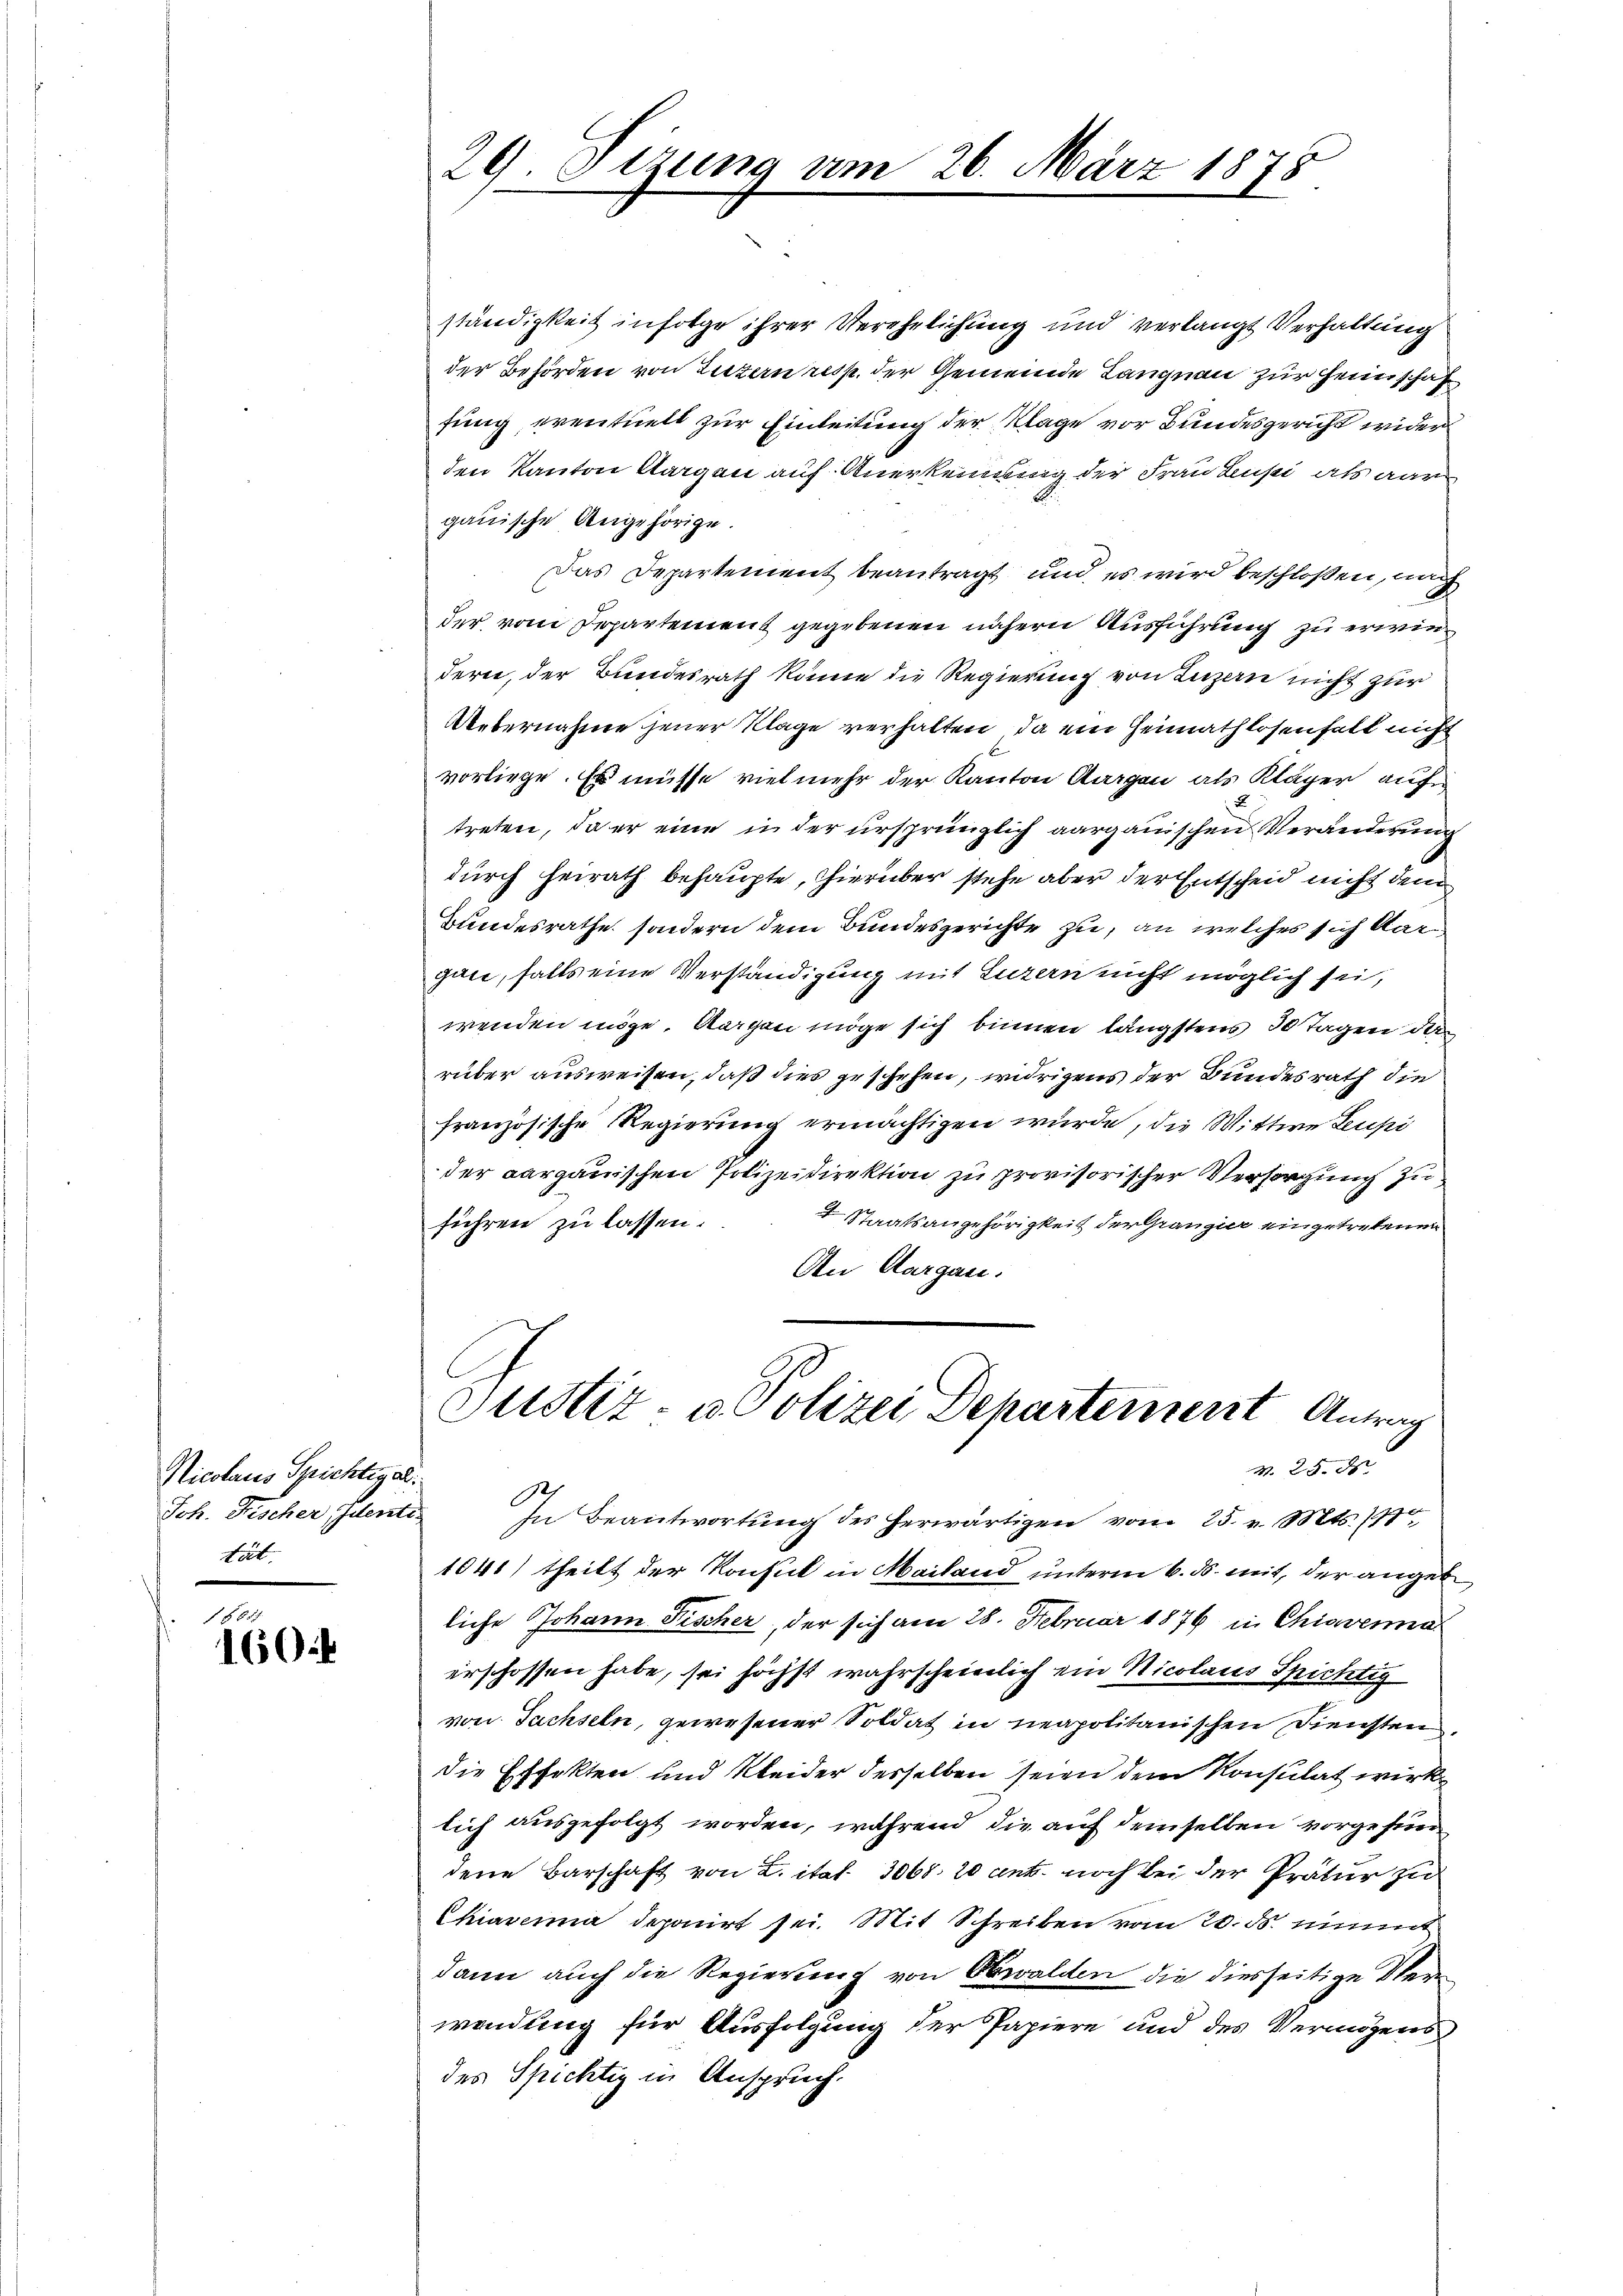
Nicolaus Spichtig ab.
Joh. Fischer Identi
tät.

f § 857.
160.

ständigkeit infolge ihrer Verehelichung und verlangt Verhaltung
der Behörden von Luzern resp. der Gemeinde Langnau zur Heimschaf
fung, eventuell zur Einleitung der Klage vor Bundesgericht wider
den Kanton Aargau auf Anerkennung der Frau Lupi als aar
gauische Angehörige.
Das Departement beantragt und es wird beschloßen, auch
der vom Departement gegebenen nähern Ausführung zu erwiedern, der Bundesrath könne die Regierung von Luzern nicht zur
Uebernahme jener Klage verhalten, da ein Heimathlosenfall nicht
vorliege. Es müsse vielmehr der Kanton Aargau als Kläger auf
treten, da er eine in der ursprünglich aargauischen Veränderung
durch heirath behaupte, hierüber stehe aber der Entscheid nicht dem
Bundesrathe sondern dem Bundesgerichte zu, an welches sich dargane, falls eine Verständigung mit Luzern nicht möglich sei,
wenden möge. Aargau möge sich binnen längstens 30 Tagen der
rüber ausweisen, daß dies geschehen, widrigens der Bundesrath die
französische Regierung ermächtigen wurde, die Wittwe Leupi
der aargauischen Polizeidirektion zu provisorischer Versorgung zu¬
I Staatsangehörigkeit der Gränz(...) eingetretenen
führen zu lassen.
An Aargau.

29. Sizung am 26. März 1878

Justiz- u. Polizei Departement Antrag
N. 25. d.
In Beantwortung des herwärtigen vom 25. v. Mts. 14te

1041) theilt der Konsul in Mailand unterm 6. ds. mit, der angebe
liche Johann Fischer, der sich am 28. Februar 1876 in Chiavena
erschossen habe, sei höchst wahrscheinlich ein Nicolaus Spichtig
von Sachseln, gewesener Soldat in neapolitanischen Diensten
die Effekten und Kleider desselben seien dem Konsulat wirk
lich ausgefolgt worden, während die auf demselben vorgefund
dene Barschaft von L. itat. 3068 20 ant. noch bei der Prätur zu
Chiarcima deponirt sei. Mit Schreiben vom 20. ds. nimmt
dann auch die Regierung von Obwalden die diesseitige Verwendung für Ausfolgung der Papiere und des Vermögens
des Spichtig in Anspruch.